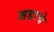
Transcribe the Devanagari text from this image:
जडाचे